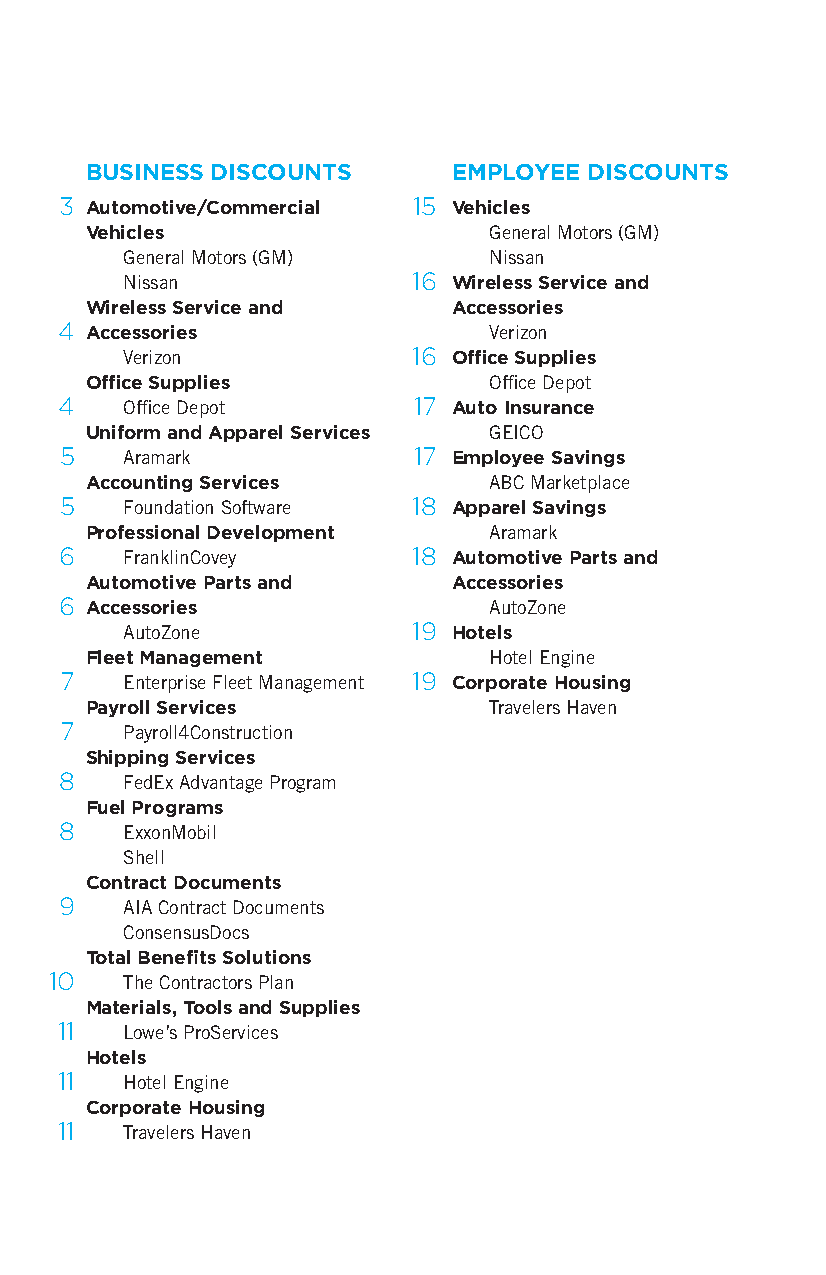
BUSINESS DISCOUNTS      EMPLOYEE DISCOUNTS
 3 Automotive/Commercial 15 Vehicles
 Vehicles                  General Motors (GM)
 General Motors (GM)     Nissan
 Nissan             16 Wireless Service and
 Wireless Service and    Accessories
 4 Accessories               Verizon
 Verizon            16 Office Supplies
 Office Supplies           Office Depot
 4   Office Depot       17 Auto Insurance
 Uniform and Apparel Services GEICO
 5   Aramark            17 Employee Savings
 Accounting Services       ABC Marketplace
 5   Foundation Software 18 Apparel Savings
 Professional Development  Aramark
 6   FranklinCovey      18 Automotive Parts and
 Automotive Parts and    Accessories
 6 Accessories               AutoZone
 AutoZone           19 Hotels
 Fleet Management          Hotel Engine
 7   Enterprise Fleet Management 19 Corporate Housing
 Payroll Services          Travelers Haven
 7   Payroll4Construction
 Shipping Services
 8   FedEx Advantage Program
 Fuel Programs
 8   ExxonMobil
 Shell
 Contract Documents
 9   AIA Contract Documents
 ConsensusDocs
 Total Benefits Solutions
 10   The Contractors Plan
 Materials, Tools and Supplies
 11  Lowe’s ProServices
 Hotels
 11  Hotel Engine
 Corporate Housing
 11  Travelers Haven
 2